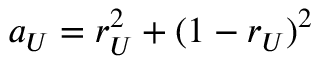
a _ { U } = r _ { U } ^ { 2 } + ( 1 - r _ { U } ) ^ { 2 }